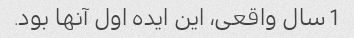
1 سال واقعی، این ایده اول آنها بود.